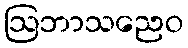
ဩဘာသညေဝ